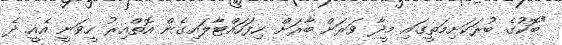
"ބޮކުގެ ބުރަކަށިމަތީގައި މީދާ ވަރަށް ބާރަށް ހިފަހައްޓާލައިގެން އޮތްއިރު ހީވަނީ އެއީ ދެ